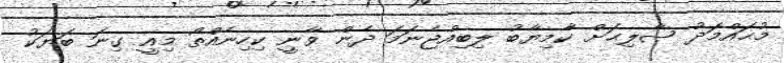
މުޙައްމަދު ޞާލިޙަށް ކާމިޔާބު ލިބިއްޖެނަމަ ދެން ވާނީ ކިހިނެއްތޯ މިއީ ގިނަ ބަޔަކު